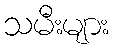
သမီးများ